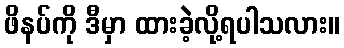
ဖိနပ်ကို ဒီမှာ ထားခဲ့လို့ရပါသလား။